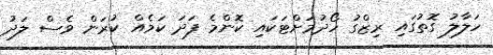
ހަލާލު ގޮތުގައި ރިޒްގު ހޯދުމަށްޓަކައި ކޮންމެ ފަދަ ކަމެއް ކުރަން ވެސް ލަދު